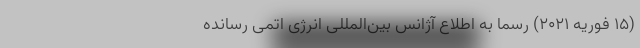
(۱۵ فوریه ۲۰۲۱) رسماً به اطلاع آژانس بین‌المللی انرژی اتمی رسانده